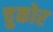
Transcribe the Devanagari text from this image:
चुकोर